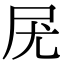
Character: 𡰽